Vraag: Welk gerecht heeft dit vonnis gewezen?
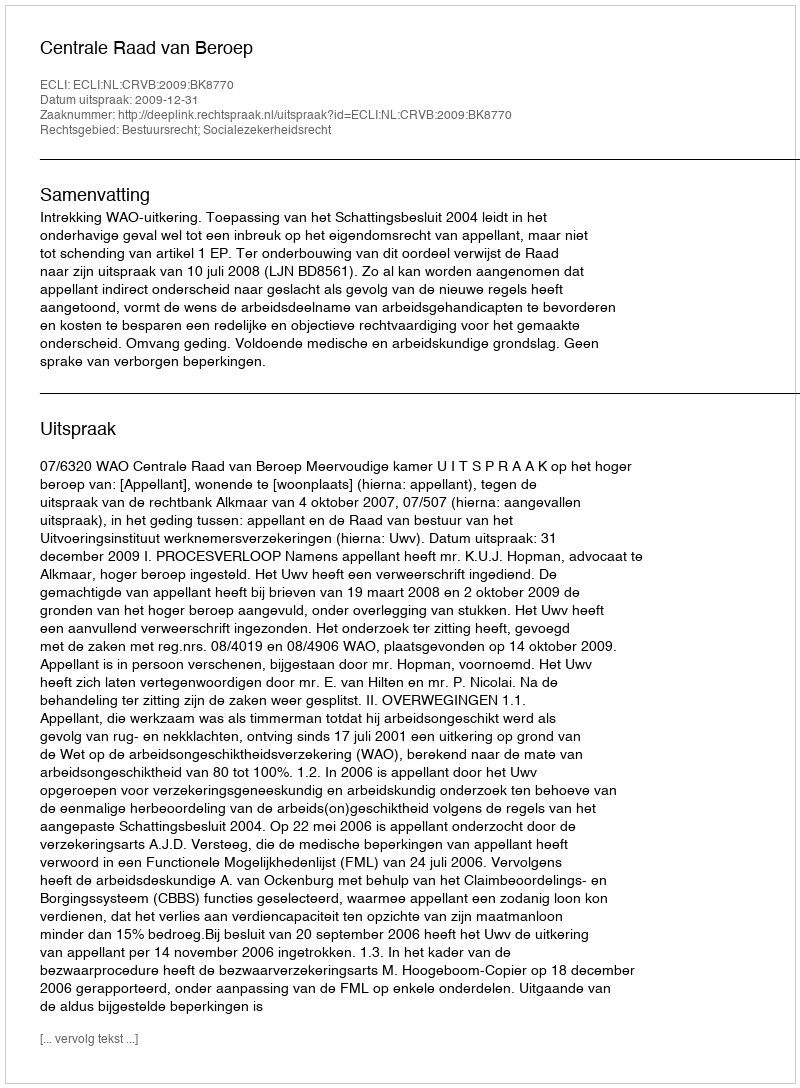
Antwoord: Centrale Raad van Beroep